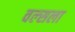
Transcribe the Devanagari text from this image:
वल्‍सला